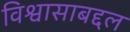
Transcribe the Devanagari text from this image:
विश्वासाबद्दल